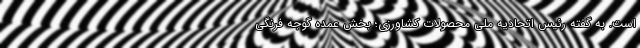
است. به گفته رئیس اتحادیه ملی محصولات کشاورزی؛ بخش عمده گوجه فرنگی